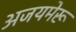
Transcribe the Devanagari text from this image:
अजयमेरू